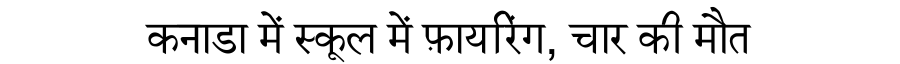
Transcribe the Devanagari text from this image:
कनाडा में स्कूल में फ़ायरिंग, चार की मौत